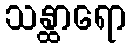
သန္ထာရော